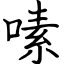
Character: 嗉